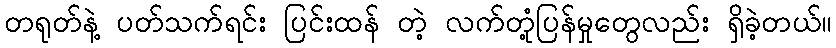
တရုတ်နဲ့ ပတ်သက်ရင်း ပြင်းထန် တဲ့ လက်တုံ့ပြန်မှုတွေလည်း ရှိခဲ့တယ်။